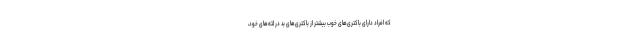
که افراد دارای باکتری‌های خوب بیشتر از باکتری‌های بد در لثه‌های خود،